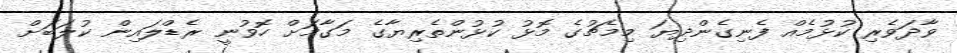
ވާދަވެރި ކުޅުމެއް ފެނިގެންދިޔަ މިމެޗުގެ މޮޅު ކުޅުންތެރިޔާގެ މަގާމަށް ހޮވުނީ ރެޑްލައިން ކުލަބަށް